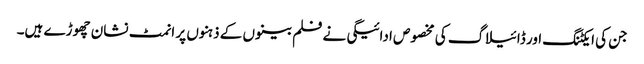
جن کی ایکٹنگ اور ڈائیلاگ کی مخصوص ادائیگی نے فلم بینوں کے ذہنوں پر انمٹ نشان چھوڑے ہیں۔